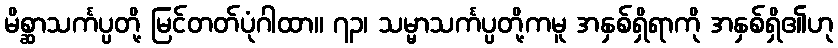
မိစ္ဆာသင်္ကပ္ပတို့ မြင်တတ်ပုံဂါထာ။ ၇၃၊ သမ္မာသင်္ကပ္ပတို့ကမူ အနှစ်ရှိရာကို အနှစ်ရှိ၏ဟု